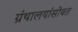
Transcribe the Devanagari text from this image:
ग्रंथालयांसोबत